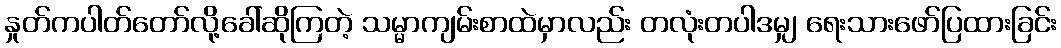
နှုတ်ကပါတ်တော်လို့ခေါ်ဆိုကြတဲ့ သမ္မာကျမ်းစာထဲမှာလည်း တလုံးတပါဒမျှ ရေးသားဖော်ပြထားခြင်း